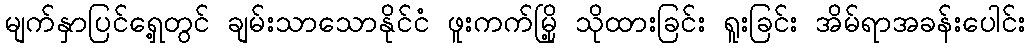
မျက်နှာပြင်ရှေ့တွင် ချမ်းသာသောနိုင်ငံ ဖူးကက်မြို့ သိုထားခြင်း ရူးခြင်း အိမ်ရာအခန်းပေါင်း